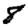
Digit: 8